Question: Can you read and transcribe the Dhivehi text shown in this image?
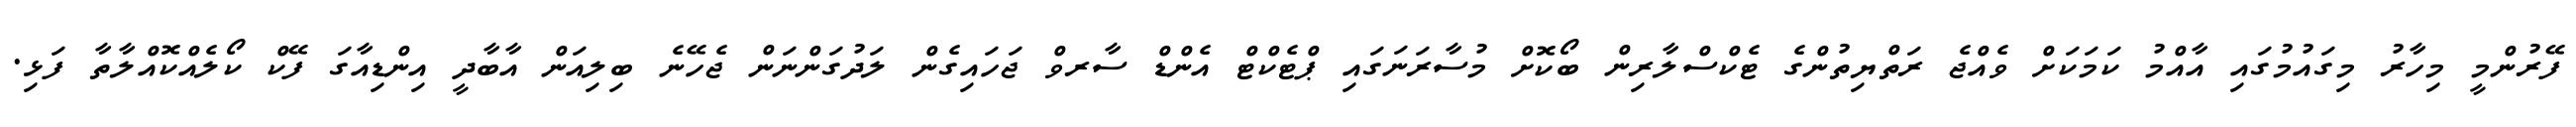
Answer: ފޭރުންމީ މިހާރު މިގައުމުގައި އާއްމު ކަމަކަށް ވެއްޖެ ރަތްޔިތުންގެ ޓެކްސްލާރިން ބޯކޮށް މުސާރަނަގައި ޕްޓެކްޓް އެންޑް ސާރވް ޖަހައިގެން ލަދުގަންނަން ޖެހޭނެ ބިލިއަން އާބާދީ އިންޑިއާގަ ފޭކް ކޯލެއްކޮއްލާތާ ފަޅި.